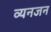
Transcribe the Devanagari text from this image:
व्यनजन